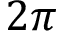
2 \pi